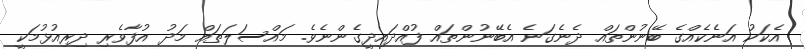
އެކަކު އަނެކެއްގެ ބޭނުންތައް ދެނެގަނެ އެބޭނުންތައް ފުއްދައިދީގެންނެވެ. މައްސަލަތައް މަދު އުފާވެރި ދިރިއުޅުމަކީ